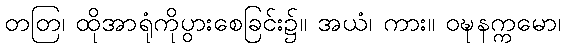
တတြ၊ ထိုအာရုံကိုပွားစေခြင်း၌။ အယံ၊ ကား။ ဝဍ္ဎနက္ကမော၊